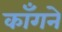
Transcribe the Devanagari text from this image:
काँगने